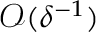
\mathcal { O } ( \delta ^ { - 1 } )